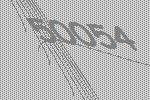
50054